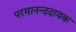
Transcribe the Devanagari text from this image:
परमानन्ददायक